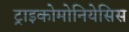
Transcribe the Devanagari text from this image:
ट्राइकोमोनियेसिस